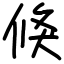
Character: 倏